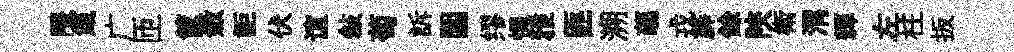
隈箴广匝筐斂詎伏谊敍萄訴圍缪慄雅匪溯蘤戎薜餘陝衛渭輝左柱扳